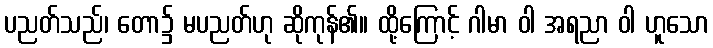
ပညတ်သည်၊ တော၌ မပညတ်ဟု ဆိုကုန်၏။ ထို့ကြောင့် ဂါမာ ဝါ အရညာ ဝါ ဟူသော